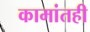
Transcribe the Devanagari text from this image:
कामांतही